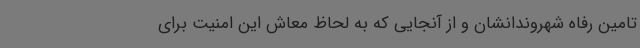
تامین رفاه شهروندانشان و از آنجایی که به لحاظ معاش این امنیت برای